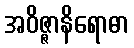
အဝိဇ္ဇာနိရောဓာ